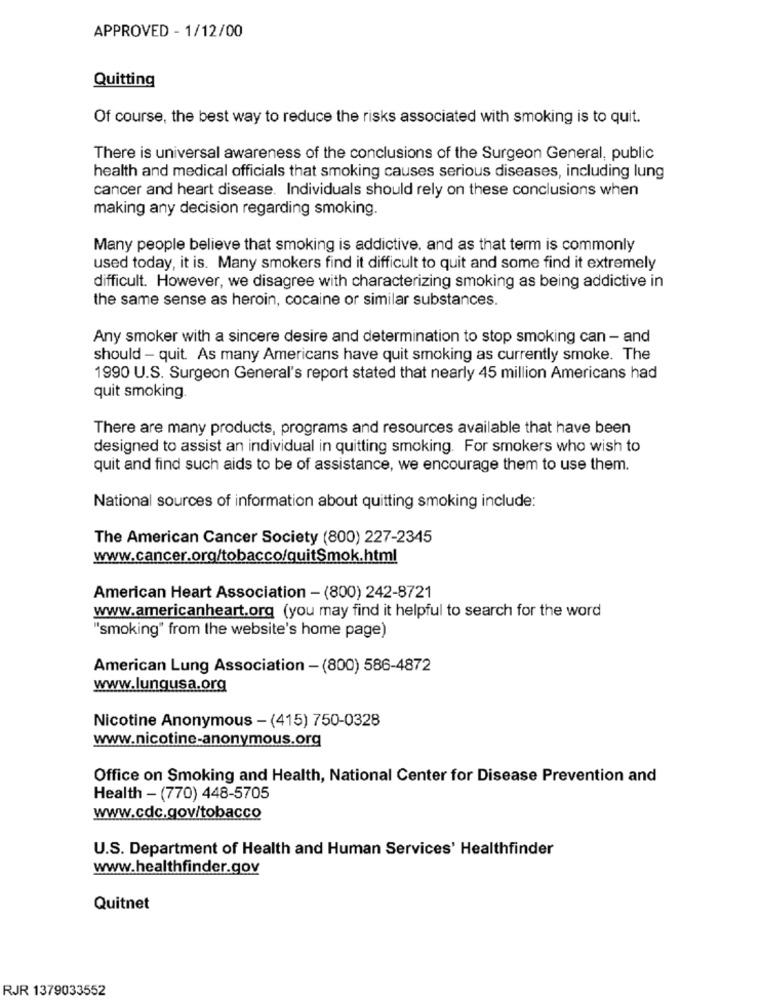
APPROVED - 1/12/00
Quitting
Of course, the best way to reduce the risks associated with smoking is to quit.
There is universal awareness of the conclusions of the Surgeon General, public
health and medical officials that smoking causes serious diseases, including lung
cancer and heart disease. Individuals should rely on these conclusions when
making any decision regarding smoking.
Many people believe that smoking is addictive, and as that term is commonly
used today, it is. Many smokers find it difficult to quit and some find it extremely
difficult. However, we disagree with characterizing smoking as being addictive in
the same sense as heroin, cocaine or similar substances.
Any smoker with a sincere desire and determination to stop smoking can - and
should - quit As many Americans have quit smoking as currently smoke. The
1990 U.S. Surgeon General's report stated that nearly 45 million Americans had
quit smoking.
There are many products, programs and resources available that have been
designed to assist an individual in quitting smoking. For smokers who wish to
quit and find such aids to be of assistance, we encourage them to use them.
National sources of information about quitting smoking include:
The American Cancer Society (800) 227-2345
www.cancer.org/tobacco/quitSmok.html
American Heart Association - (800) 242-8721
www.americanheart.org (you may find it helpful to search for the word
"smoking" from the website's home page)
American Lung Association - (800) 586-4872
www.lungusa.org
Nicotine Anonymous - (415) 750-0328
www.nicotine-anonymous.org
Office on Smoking and Health, National Center for Disease Prevention and
Health - (770) 448-5705
www.cdc.gov/tobacco
U.S. Department of Health and Human Services' Healthfinder
www.healthfinder.gov
Quitnet
RJR 1379033552